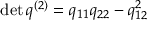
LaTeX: \operatorname* { d e t } q ^ { ( 2 ) } = q _ { 1 1 } q _ { 2 2 } - q _ { 1 2 } ^ { 2 }